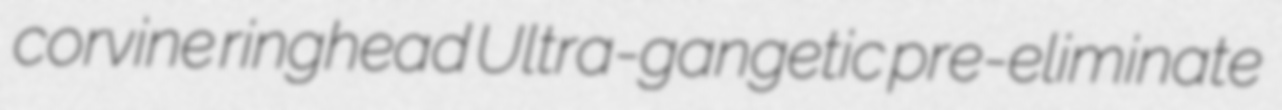
corvine ringhead Ultra-gangetic pre-eliminate